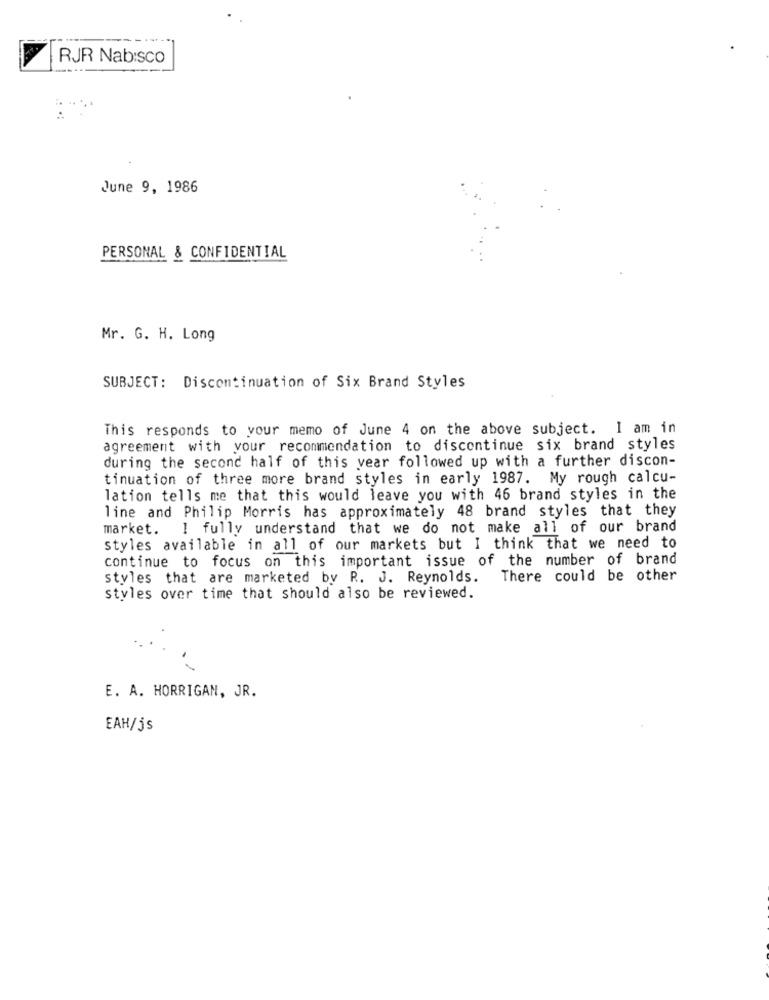
RJR Nabisco
June 9, 1986
PERSONAL & CONFIDENTIAL
Mr. G. H. Long
SUBJECT: Discontinuation of Six Brand Styles
This responds to your memo of June 4 on the above subject. I am in
agreement with your recommendation to discontinue six brand styles
during the second half of this vear followed up with a further discon-
tinuation of three more brand styles in early 1987. My rough calcu-
lation tells me that this would leave you with 46 brand styles in the
line and Philip Morris has approximately 48 brand styles that they
market. I fully understand that we do not make all of our brand
styles available in all of our markets but I think that we need to
continue to focus on this important issue of the number of brand
styles that are marketed by R. J. Reynolds.
There could be other
styles over time that should also be reviewed.
E. A. HORRIGAN, JR.
EAH/js